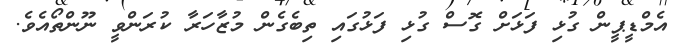
އެމްޑީޕީން ގުޅި ފަޅަށް ގޮސް ގުޅި ފަޅުގައި ތިބެގެން މުޒާހަރާ ކުރަންވީ ނޫންތޯއެވެ.